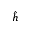
\hat { h }